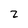
Character: z